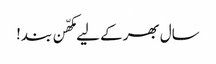
سال بھر کے لیے مکھّن بند!